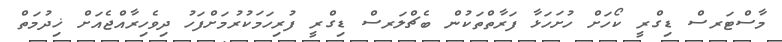
މާސްޓަރސް ޑިގްރީ ކޯހަށް ހުށަހަޅާ ފަރާތްތަކުން ބެޗްލަރސް ޑިގްރީ ފުރިހަމަކުރުމަށްފަހު ދިވެހިރާއްޖެއަށް ޚިދުމަތް